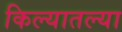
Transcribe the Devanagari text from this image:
किल्यातल्या